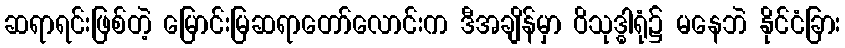
ဆရာရင်းဖြစ်တဲ့ မြောင်းမြဆရာတော်လောင်းက ဒီအချိန်မှာ ဝိသုဒ္ဓါရုံ၌ မနေဘဲ နိုင်ငံခြား